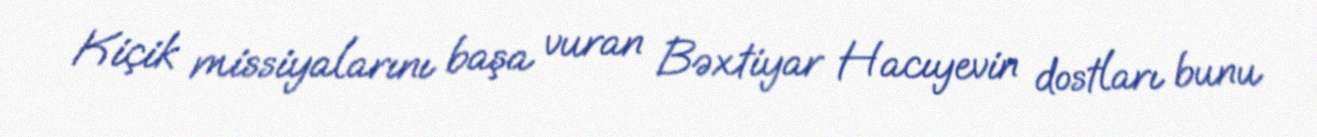
Kiçik missiyalarını başa vuran Bəxtiyar Hacıyevin dostları bunu